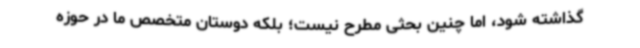
گذاشته شود، اما چنین بحثی مطرح نیست؛ بلکه دوستان متخصص ما در حوزه